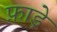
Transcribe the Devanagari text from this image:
फ़ाड़े